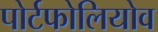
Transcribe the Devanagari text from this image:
पोर्टफोलियोव